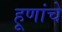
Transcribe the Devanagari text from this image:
हूणांचे